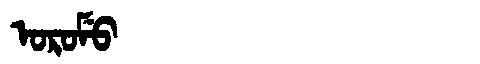
Manchu: ᠣᡵᠣᠮᡠ
Romanization: OROMU